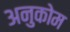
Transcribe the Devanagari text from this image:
अनुकोम